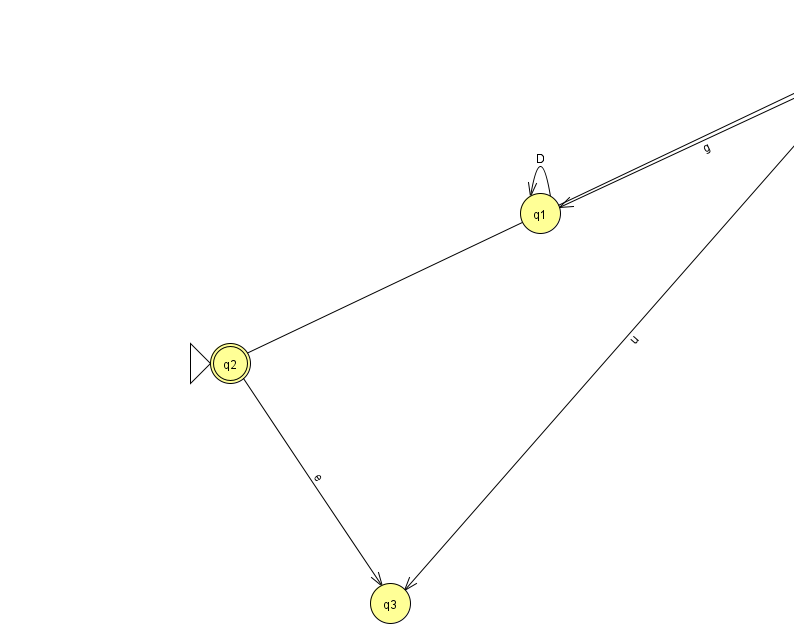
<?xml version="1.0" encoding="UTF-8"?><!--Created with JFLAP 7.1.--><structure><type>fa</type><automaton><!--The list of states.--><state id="0" name="q0"><x>863.0</x><y>50.0</y></state><state id="1" name="q1"><x>540.0</x><y>200.0</y></state><state id="2" name="q2"><x>230.0</x><y>350.0</y><initial/><final/></state><state id="3" name="q3"><x>390.0</x><y>590.0</y></state><!--The list of transitions.--><transition><from>0</from><to>0</to><read>p</read></transition><transition><from>2</from><to>0</to><read>J</read></transition><transition><from>0</from><to>3</to><read>u</read></transition><transition><from>0</from><to>1</to><read>g</read></transition><transition><from>1</from><to>1</to><read>D</read></transition><transition><from>2</from><to>3</to><read>e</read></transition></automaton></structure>